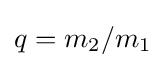
q=m_{2}/m_{1}